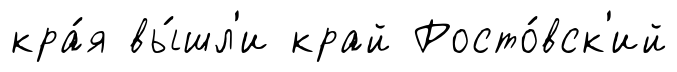
кра́я вы́шл'и край Росто́вск'ий